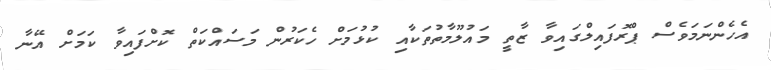
އެހެންނަމަވެސް ޕްރޮފައިލްގައިވާ ޒާތީ މައުލޫމާތުތަކާއި ކުޅުމަށް ހެކަރުން މަސައްކަތް ކޮށްފައިވާ ކަމަށް އޭނާ